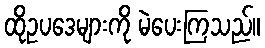
ထိုဥပဒေများကို မဲပေးကြသည်။